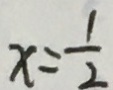
x = \frac { 1 } { 2 }